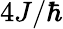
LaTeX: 4J/\hbar